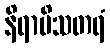
နိရာမိသတရံ